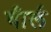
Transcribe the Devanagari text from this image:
बील॔